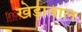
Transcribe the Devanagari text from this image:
खेड़ावाल